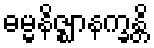
ဓမ္မနိဇ္ဈာနက္ခန္တိ